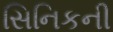
સિનિકની